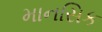
માનસિક